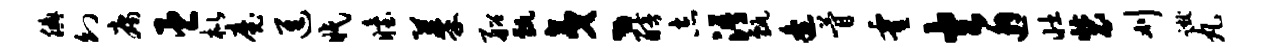
腆幻庸臣枇魔进眠眙蓁船甄夷丶醅志浯甄逄瞢霍火邂壮装刈蹴丸